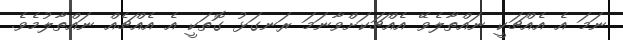
ނަމަ އެ އެއްޗަކީ ނައްތާލެވޭ އެއްޗަކަށްވާނަމަ ރަނގަޅު ގޮތަކީ އެ އެއްޗެއް ނައްތާލުމެވެ.